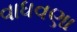
વાધવણા